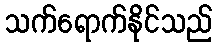
သက်ရောက်နိုင်သည်